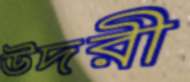
উদরী